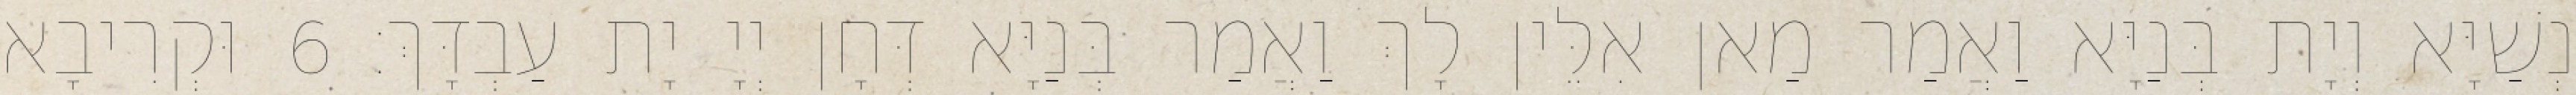
נְשַׁיָּא וְיָת בְּנַיָּא וַאֲמַר מַאן אִלֵּין לָךְ וַאֲמַר בְּנַיָּא דְּחָן יְיָ יָת עַבְדָּךְ׃ 6 וּקְרִיבָא